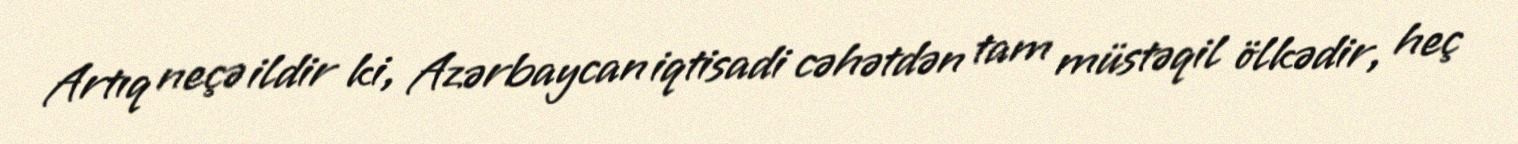
Artıq neçə ildir ki, Azərbaycan iqtisadi cəhətdən tam müstəqil ölkədir, heç